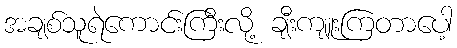
အချစ်သူရဲကောင်းကြီးလို့ ချီးကျူးကြတာပေါ့